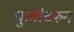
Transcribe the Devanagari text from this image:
पुलांवरुन